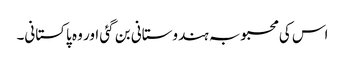
اس کی محبوبہ ہندوستانی بن گئی اور وہ پاکستانی۔